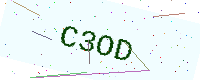
Text: C3OD